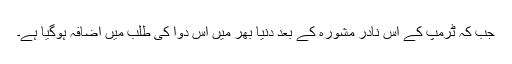
جب کہ ٹرمپ کے اس نادر مشورہ کے بعد دنیا بھر میں اس دوا کی طلب میں اضافہ ہوگیا ہے۔